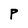
Character: P